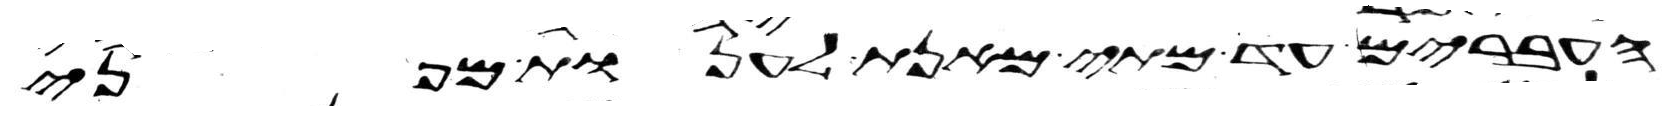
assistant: העברים עד מתי מאנת לענות מפני